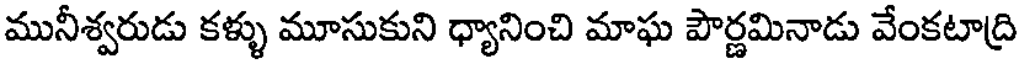
మునీశ్వరుడు కళ్ళు మూసుకుని ధ్యానించి మాఘ పౌర్ణమినాడు వేంకటాద్రి